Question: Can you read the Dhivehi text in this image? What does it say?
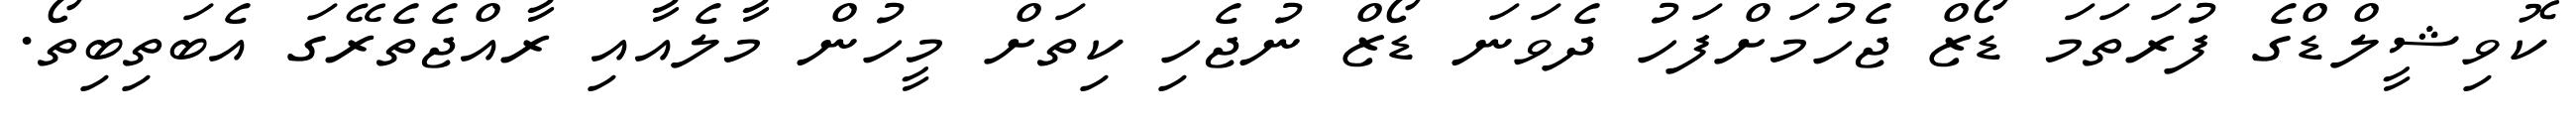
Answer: ކޮވިޝީލްޑްގެ ފުރަތަމަ ޑޯޒް ޖެހުމަށްފަހު ދެވަނަ ޑޯޒް ނުޖެހި ކިތަށް މީހުން މާލެއާއި ރާއްޖެތެރޭގަ އެބަތިބިތޯ.